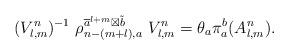
LaTeX: \begin{align*}(V^{n}_ {l,m})^{-1}\ \rho^{ \overline{a}^{l+m}\boxtimes \tilde{b}}_{n-(m+l), a}\ V^{n}_{l,m}=\theta_{a}\pi^{b}_{a}(A^{ n}_{l,m}).\end{align*}